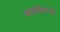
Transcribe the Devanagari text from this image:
बालशिवाजी